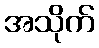
အသိုက်